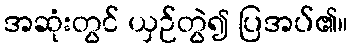
အဆုံးတွင် ယှဉ်တွဲ၍ ပြအပ်၏။